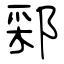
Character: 䣋